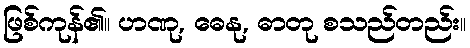
ဖြစ်ကုန်၏။ ဟဏု, ဓေနု, ဓာတု စသည်တည်း။